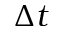
\Delta t